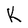
Character: K